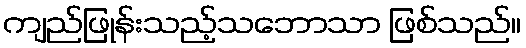
ကျည်ဖြုန်းသည့်သဘောသာ ဖြစ်သည်။